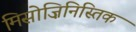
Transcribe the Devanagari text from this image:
मिसोज़िनिस्तिक